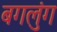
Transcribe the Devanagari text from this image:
बगलुंग